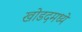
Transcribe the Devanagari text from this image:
खोडदमध्ये